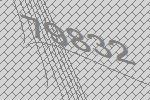
79832